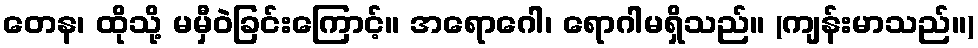
တေန၊ ထိုသို့ မမှီဝဲခြင်းကြောင့်။ အရောဂေါ၊ ရောဂါမရှိသည်။ (ကျန်းမာသည်။)